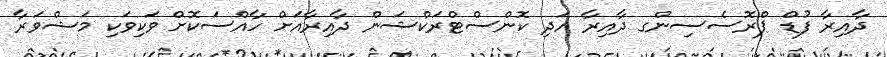
ދާއިރާ ފުޑް ޕްރޮސެސިންގ ދާއިރާ އަދި ކޮންސްޓްރަކްޝަން ދާއިރާއަށް ހާއްސަކޮށް ވަކިވަކި މަޝްވަރާ